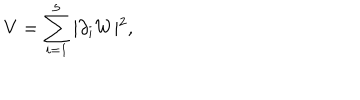
LaTeX: V = \sum _ { i = 1 } ^ { 5 } \vert \partial _ { i } W \vert ^ { 2 } ,